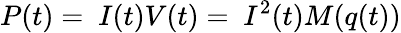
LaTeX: P(t)=\ I(t)V(t)=\ I^{2}(t)M(q(t))